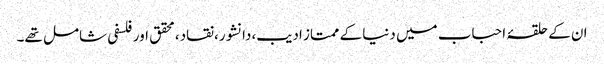
ان کے حلقۂ احباب میں دنیا کے ممتاز ادیب،دانشور،نقاد،محقق اور فلسفی شامل تھے۔